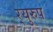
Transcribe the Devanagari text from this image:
र्‍युरुप